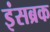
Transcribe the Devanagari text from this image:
इंसब्रक